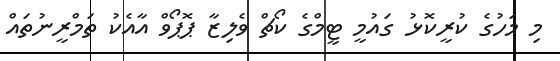
މި މަހުގެ ކުރީކޮޅު ގައުމީ ޓީމްގެ ކޯޗް ވެލިޒާ ޕޮޕޯވް އާއެކު ތަމްރީނުތައް